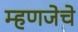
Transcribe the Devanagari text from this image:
म्हणजेचे